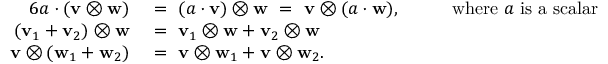
{ \begin{array} { r l r l } { { 6 } a \cdot ( \mathbf { v } \otimes \mathbf { w } ) ~ } & { = ~ ( a \cdot \mathbf { v } ) \otimes \mathbf { w } ~ = ~ \mathbf { v } \otimes ( a \cdot \mathbf { w } ) , } & & { ~ ~ { \mathrm { ~ w h e r e ~ } } a { \mathrm { ~ i s ~ a ~ s c a l a r } } } \\ { ( \mathbf { v } _ { 1 } + \mathbf { v } _ { 2 } ) \otimes \mathbf { w } ~ } & { = ~ \mathbf { v } _ { 1 } \otimes \mathbf { w } + \mathbf { v } _ { 2 } \otimes \mathbf { w } } & & { } \\ { \mathbf { v } \otimes ( \mathbf { w } _ { 1 } + \mathbf { w } _ { 2 } ) ~ } & { = ~ \mathbf { v } \otimes \mathbf { w } _ { 1 } + \mathbf { v } \otimes \mathbf { w } _ { 2 } . } & & { } \end{array} }